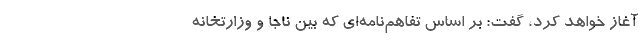
آغاز خواهد کرد، گفت: بر اساس تفاهم‌نامه‌ای که بین ناجا و وزارتخانه